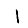
Digit: 1